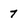
Character: 7